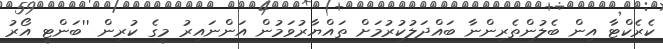
ކެރެކްޓާ އިން ބެލުންތެރިންނާ ބައްދަލުކުރުމަށް ތައްޔާރުވަމުން އަންނައިރު މީގެ ކުރިން ''ބަންޓީ އޯރު